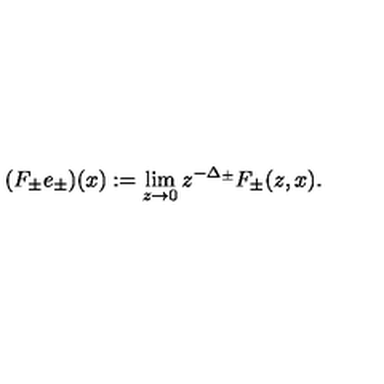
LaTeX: ( F _ { \pm } e _ { \pm } ) ( x ) : = \lim _ { z \to 0 } z ^ { - \Delta _ { \pm } } F _ { \pm } ( z , x ) .